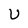
Character: U